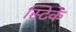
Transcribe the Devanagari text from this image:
स्टिकें